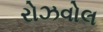
રોઝવોલ